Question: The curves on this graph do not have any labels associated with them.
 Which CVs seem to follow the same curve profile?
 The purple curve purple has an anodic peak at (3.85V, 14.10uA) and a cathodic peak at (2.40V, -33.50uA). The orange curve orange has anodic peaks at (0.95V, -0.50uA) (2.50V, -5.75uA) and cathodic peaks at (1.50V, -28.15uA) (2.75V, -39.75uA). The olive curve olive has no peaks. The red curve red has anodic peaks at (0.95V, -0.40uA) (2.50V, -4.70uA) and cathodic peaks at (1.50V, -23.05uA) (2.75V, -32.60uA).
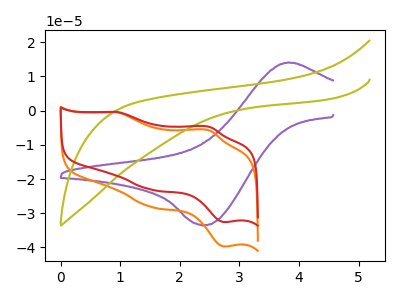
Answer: <think>"purple" and "orange" have a different number of peaks. "purple" and "olive" have a different number of peaks. "purple" and "red" have a different number of peaks. "orange" and "olive" have a different number of peaks. All the peaks in "orange" have a peak in "red" at the same potential. "olive" and "red" have a different number of peaks.
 </think>
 <answer>"red" and "orange" have the same shape and are likely CV's of the same chemical.</answer>
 <eval>"red" "orange"</eval>